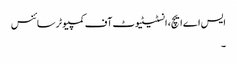
ایس اے ایچ، انسٹیٹیوٹ آف کمپیوٹر سائنس
۔